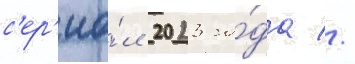
с'ер'иа́л 2023 го́да //